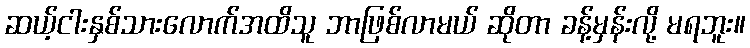
ဆယ့်ငါးနှစ်သားလောက်အထိသူ ဘာဖြစ်လာမယ် ဆိုတာ ခန့်မှန်းလို့ မရဘူး။